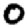
Digit: 0